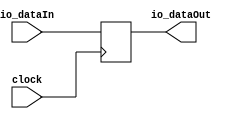
module Inner( // @[:@3.2]
  input   clock, // @[:@4.4]
  input   io_dataIn, // @[:@6.4]
  output  io_dataOut // @[:@6.4]
);
  reg  data; // @[Nested.scala 12:21:@8.4]
  reg [31:0] _RAND_0;
  assign io_dataOut = data; // @[Nested.scala 13:14:@10.4]
`ifdef RANDOMIZE_GARBAGE_ASSIGN
`define RANDOMIZE
`endif
`ifdef RANDOMIZE_INVALID_ASSIGN
`define RANDOMIZE
`endif
`ifdef RANDOMIZE_REG_INIT
`define RANDOMIZE
`endif
`ifdef RANDOMIZE_MEM_INIT
`define RANDOMIZE
`endif
`ifndef RANDOM
`define RANDOM $random
`endif
`ifdef RANDOMIZE
  integer initvar;
  initial begin
    `ifdef INIT_RANDOM
      `INIT_RANDOM
    `endif
    `ifndef VERILATOR
      #0.002 begin end
    `endif
  `ifdef RANDOMIZE_REG_INIT
  _RAND_0 = {1{`RANDOM}};
  data = _RAND_0[0:0];
  `endif // RANDOMIZE_REG_INIT
  end
`endif // RANDOMIZE
  always @(posedge clock) begin
    data <= io_dataIn;
  end
endmodule
module Outer( // @[:@12.2]
  input   clock, // @[:@13.4]
  input   reset, // @[:@14.4]
  input   io_dataIn, // @[:@15.4]
  output  io_dataOut // @[:@15.4]
);
  wire  Inner_clock; // @[Nested.scala 22:20:@17.4]
  wire  Inner_io_dataIn; // @[Nested.scala 22:20:@17.4]
  wire  Inner_io_dataOut; // @[Nested.scala 22:20:@17.4]
  Inner Inner ( // @[Nested.scala 22:20:@17.4]
    .clock(Inner_clock),
    .io_dataIn(Inner_io_dataIn),
    .io_dataOut(Inner_io_dataOut)
  );
  assign io_dataOut = Inner_io_dataOut; // @[Nested.scala 24:14:@21.4]
  assign Inner_clock = clock; // @[:@18.4]
  assign Inner_io_dataIn = io_dataIn; // @[Nested.scala 23:15:@20.4]
endmodule